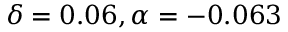
\delta = 0 . 0 6 , \alpha = - 0 . 0 6 3